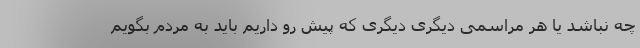
چه نباشد یا هر مراسمی دیگری دیگری که پیش رو داریم باید به مردم بگویم